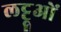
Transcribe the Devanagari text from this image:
लट्टूओं